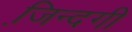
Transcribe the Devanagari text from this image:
जि़न्दगी